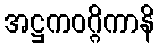
အဋ္ဌကဝဂ္ဂိကာနိ